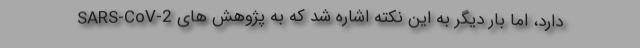
SARS-CoV-2 دارد، اما بار دیگر به این نکته اشاره شد که به پژوهش های